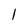
Character: 1